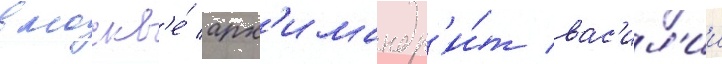
в москв'е́ арх'имандр'и́т вас'ил'ии